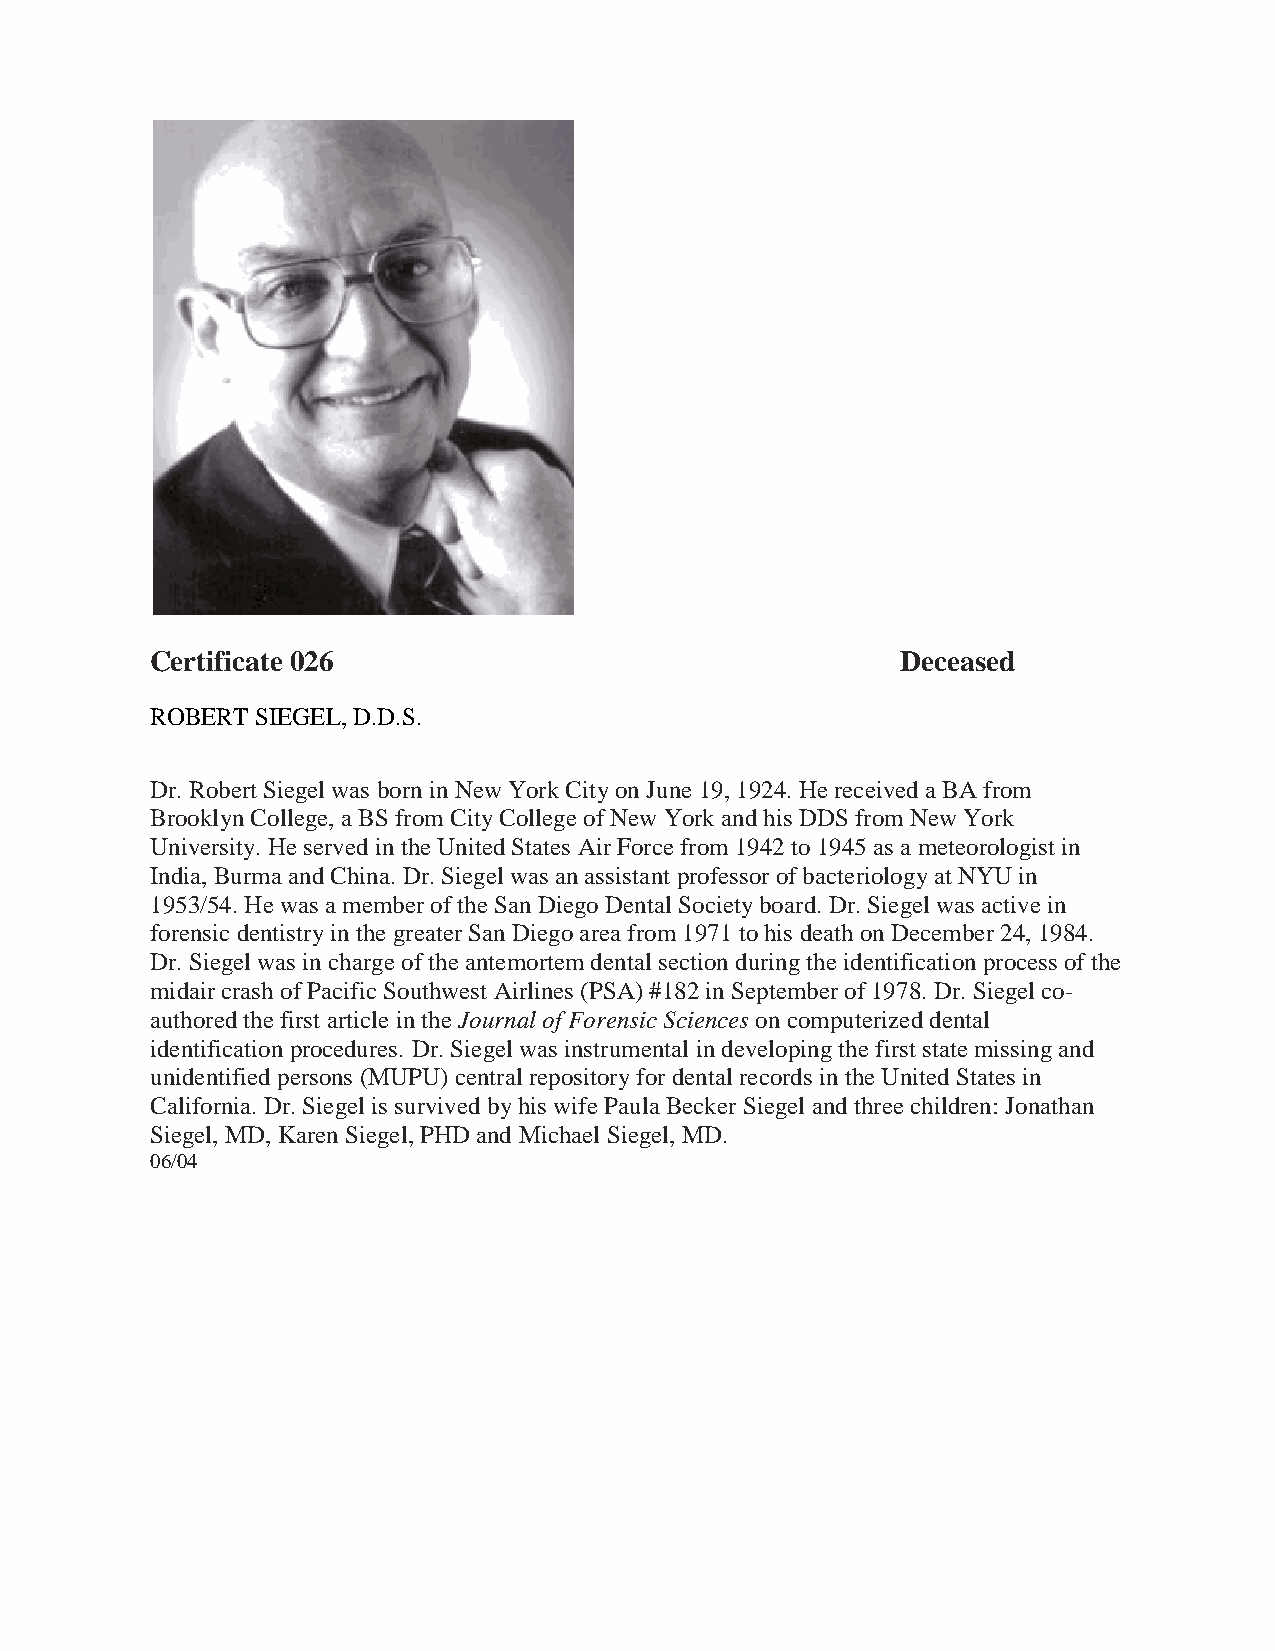
Certificate 026                                   Deceased
 ROBERT SIEGEL, D.D.S.
 Dr. Robert Siegel was born in New York City on June 19, 1924. He received a BA from
 Brooklyn College, a BS from City College of New York and his DDS from New York
 University. He served in the United States Air Force from 1942 to 1945 as a meteorologist in
 India, Burma and China. Dr. Siegel was an assistant professor of bacteriology at NYU in
 1953/54. He was a member of the San Diego Dental Society board. Dr. Siegel was active in
 forensic dentistry in the greater San Diego area from 1971 to his death on December 24, 1984.
 Dr. Siegel was in charge of the antemortem dental section during the identification process of the
 midair crash of Pacific Southwest Airlines (PSA) #182 in September of 1978. Dr. Siegel co-
 authored the first article in the Journal of Forensic Sciences on computerized dental
 identification procedures. Dr. Siegel was instrumental in developing the first state missing and
 unidentified persons (MUPU) central repository for dental records in the United States in
 California. Dr. Siegel is survived by his wife Paula Becker Siegel and three children: Jonathan
 Siegel, MD, Karen Siegel, PHD and Michael Siegel, MD.
 06/04